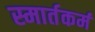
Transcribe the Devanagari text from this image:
स्मार्तकर्म